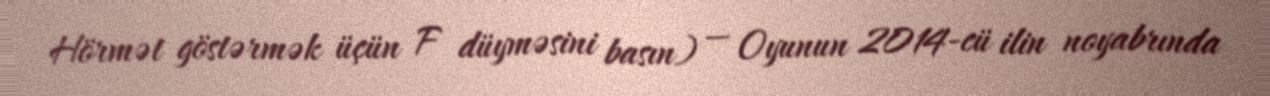
Hörmət göstərmək üçün F düyməsini basın) — Oyunun 2014-cü ilin noyabrında